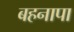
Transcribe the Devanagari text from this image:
बहनापा